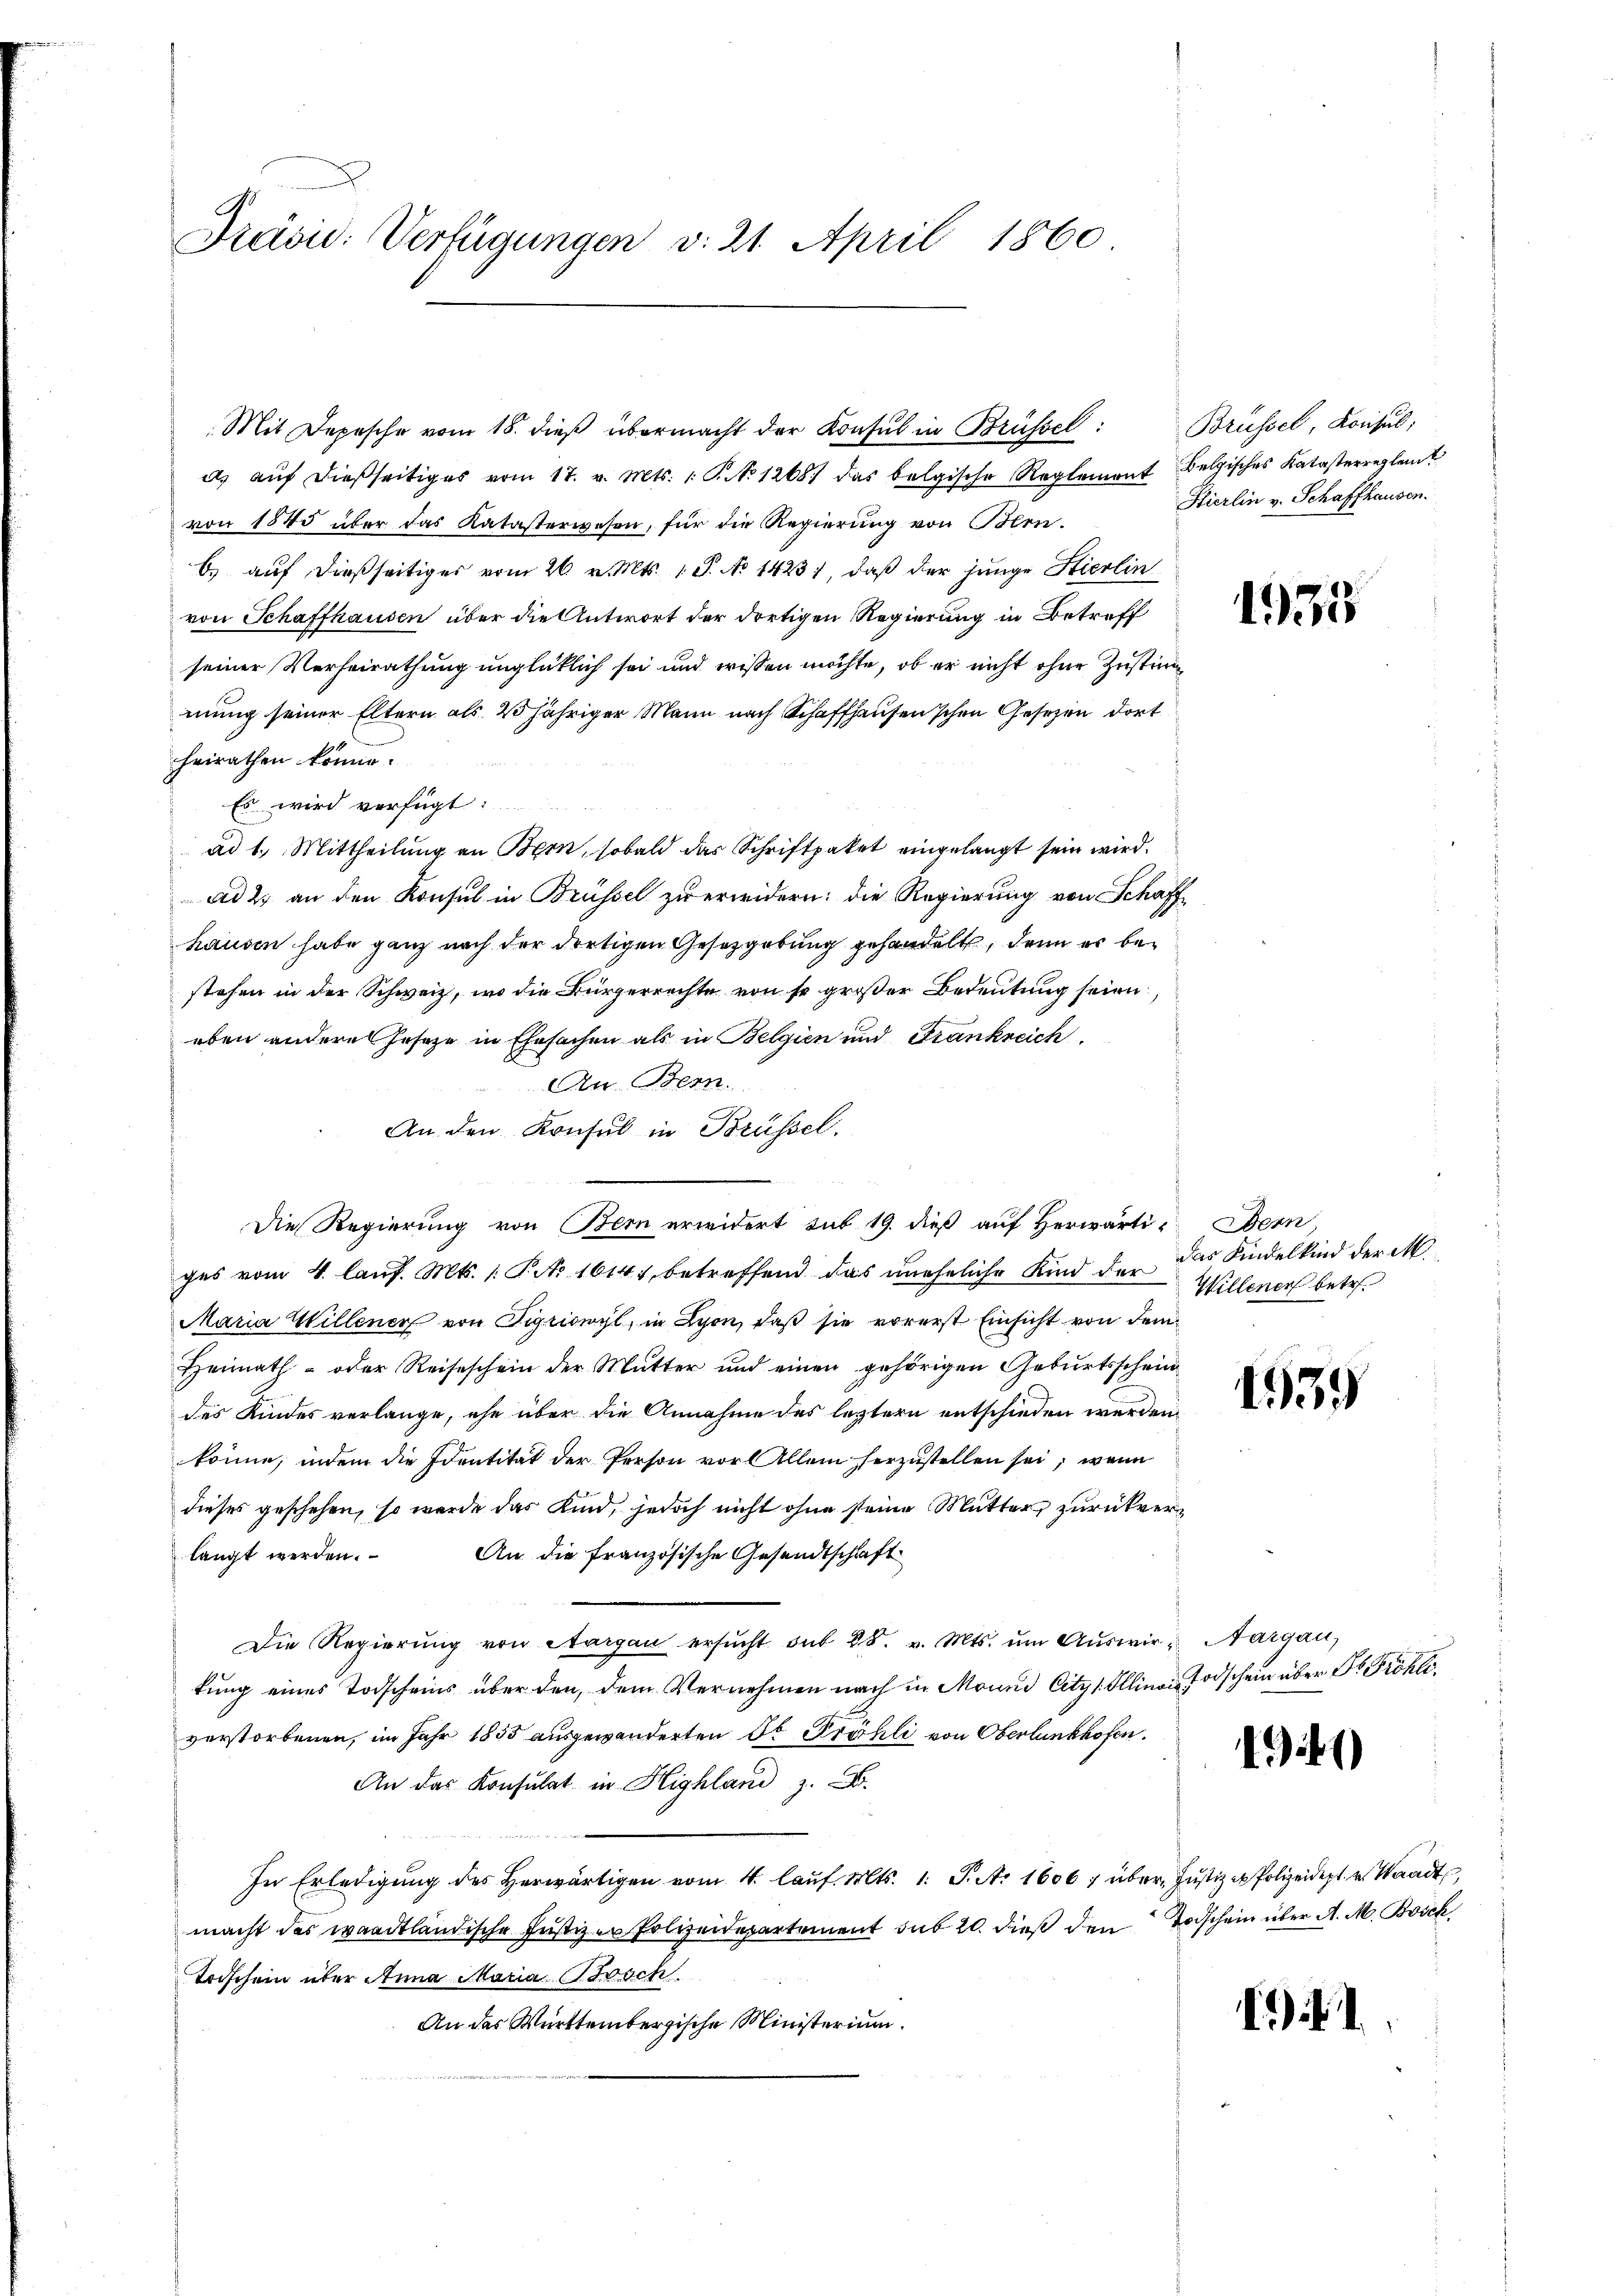
Präsid. Verfügungen v. 21. April 1860

Mit Depesche vom 18. dieβ übermacht der Konsul in Brüssel: Brüssel, Konsŭl;
d. aŭf dießseitiges vom 17. v. Mts. 1. P. No 1268) das belgische Reglement Belgisches Katasterregleit
von 1545 über das Katasterwesen, für die Regierung von Bern.
6) auf dießseitiges vom 26. v. Mts. 1 S. No 1423), daß der junge Stierlin
von Schaffhausen über die Antwort der dortigen Regierung in Betreff
seiner Verheirathung unglücklich sei und wissen möchte, ob er nicht ohne Zustimmung seiner Eltern als 2 jähriger Mann nach Schaffhausenschen Gesetzen dort
heirathen könne.
Es wird verfügt:
ad 1. Mittheilung an Bern, sobald das Schriftpaket eingelangt sein wird.
ad 2. an den Konsul in Brüssel zu erwidern: die Regierung von Schaffhausen habe ganz nach der dortigen Gesetzgebung gehandelt, denn er bestehen in der Schweiz, wo die Bürgerrechte von so großer Bedeutung seien,
eben andere Jeseze in Ehesachen als in Belgien und Frankreich.
An Bern.
An den Konsul in Brüssel.
Die Regierung von Bern erwidert sub 19. dieß auf Herwärti- Bern,
ges vom 4. lauf. Mts. /: P. Nr. 1614), betreffend das uneheliche Kind der
Maria Willener von Sigriswyl, in Lyon, daß sie vorerst Einsicht von dem
Heimath- oder Reiseschein der Mutter und einen gehörigen Geburtsschein
des Kindes verlange, ehe über die Annahme des leztern entschieden werden
könne, indem die Identität der Person vor Allem herzustellen sei, wenn
dieses geschehen, so werde das Kind, jedoch nicht ohne seine Mutter, zurückver¬
An die französische Gesandtschaft
langt werden.
Die Regierŭng von Aargau ersŭcht sub 28. v. Mts. ŭm Aŭswir- Aargau,
tung eines Todscheins über den, dem Vernehmen nach in Mound Citzs Illina, Todschein über Dr. Fröhliverstorbenen, im Jahr 1855 ausgewanderten St. Fröhli von Oberlunkhofen.
An das Konsulat in Highland z. B.
In Erledigŭng des herwärtigen vom 4. laŭf. Mts. 1. J. A. 1606 f über Justiz u Polizeidept. v. Waadt,
macht des waadtländische Justizen Polizeidepartement sub 20. dieß den Todschein über A. M. Bosck
Torschein über Anna Maria Brosch
An das Württembergische Ministerium.

Hierlin v. Schaffhausen.

135

das Kindelkind der M.
Willenen betr.

1939

194)

).